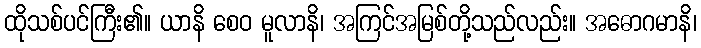
ထိုသစ်ပင်ကြီး၏။ ယာနိ စေဝ မူလာနိ၊ အကြင်အမြစ်တို့သည်လည်း။ အဓောဂမာနိ၊